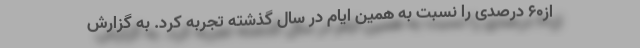
از۶۰ درصدی را نسبت به همین ایام در سال گذشته تجربه کرد. به گزارش